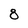
Character: 8